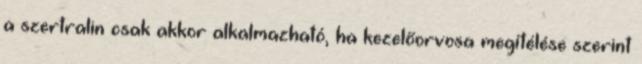
a szertralin csak akkor alkalmazható, ha kezelőorvosa megítélése szerint